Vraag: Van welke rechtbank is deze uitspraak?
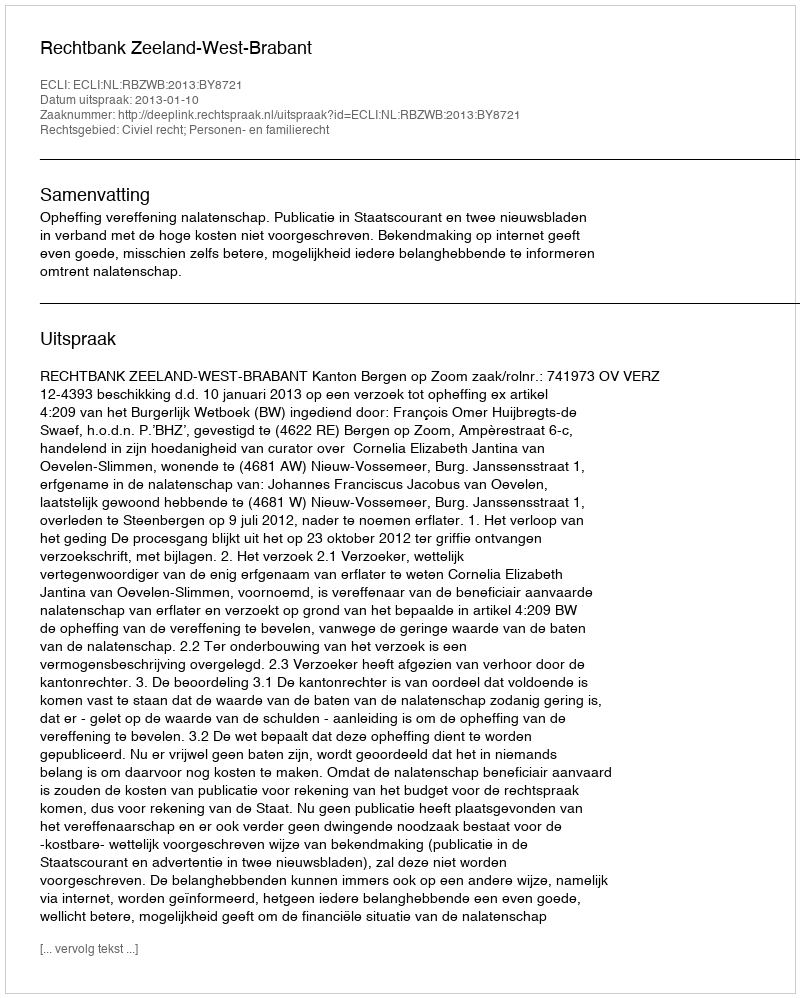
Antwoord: Rechtbank Zeeland-West-Brabant